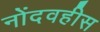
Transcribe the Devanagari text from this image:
नोंदवहीस